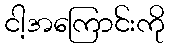
ငါ့အကြောင်းကို